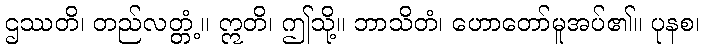
ဌဿတိ၊ တည်လတ္တံ့။ ဣတိ၊ ဤသို့။ ဘာသိတံ၊ ဟောတော်မူအပ်၏။ ပုနစ၊